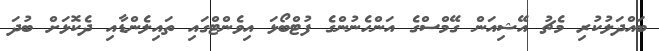
ބައްދަލުކުރި މެޗު އޭޝިއަން ގޭމްސްގެ އަންހެނުންގެ ފުޓްބޯޅަ އިވެންޓްގައި ތައިލެންޑާއި ދެކޮޅަށް ބުދަ